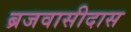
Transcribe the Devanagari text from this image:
ब्रजवासीदास